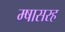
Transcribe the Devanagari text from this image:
म्षासरह